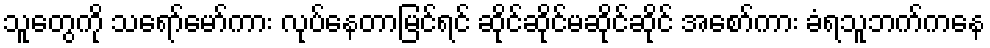
သူတွေကို သရော်မော်ကား လုပ်နေတာမြင်ရင် ဆိုင်ဆိုင်မဆိုင်ဆိုင် အစော်ကား ခံရသူဘက်ကနေ